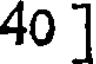
40 ]